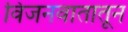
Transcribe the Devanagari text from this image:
विजनवातातून